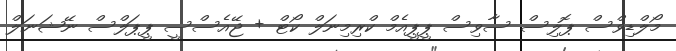
މޯލްޑިވްސް ޕޮލިސް ސާވިސް ޕީޕީއެމް ކްރިމިނަލް ކޯޓް + ޖޭއެސްސީ ޕީޕަލްސް ނޭޝަނަލް